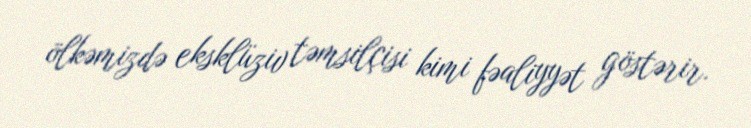
ölkəmizdə eksklüziv təmsilçisi kimi fəaliyyət göstərir.